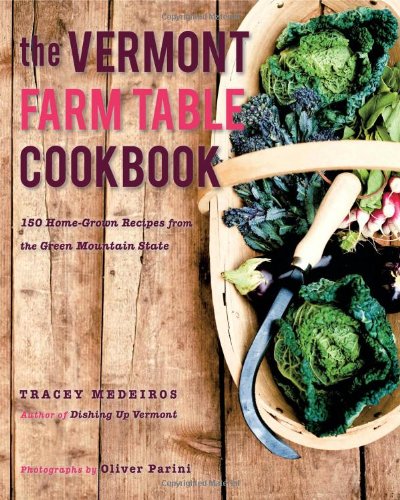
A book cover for The Vermont Farm Table Cookbook: 150 Home Grown Recipes from the Green Mountain State (The Farm Table Cookbook); Tracey Medeiros; Cookbooks, Food & Wine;